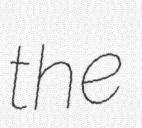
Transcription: the